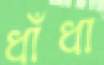
ধাঁধা